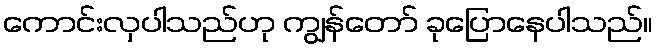
ကောင်းလှပါသည်ဟု ကျွန်တော် ခုပြောနေပါသည်။